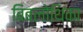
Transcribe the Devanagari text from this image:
बिबलोथिका